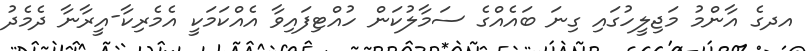
އދގެ އާންމު މަޖިލީހުގައި ގިނަ ބައެއްގެ ސަމާލުކަން ހުއްޓިފައިވާ އެއްކަމަކީ އެމެރިކާ-އީރާނާ ދެމެދު